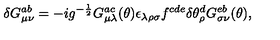
\delta G _ { \mu \nu } ^ { a b } = - i g ^ { - \frac { 1 } { 2 } } G _ { \mu \lambda } ^ { a c } ( \theta ) \epsilon _ { \lambda \rho \sigma } f ^ { c d e } \delta \theta _ { \rho } ^ { d } G _ { \sigma \nu } ^ { e b } ( \theta ) ,